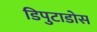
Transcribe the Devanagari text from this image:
डिपुटाडोस